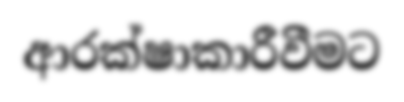
ආරක්ෂාකාරීවීමට